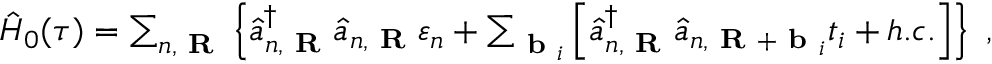
\begin{array} { r } { \hat { H } _ { 0 } ( \tau ) = \sum _ { n , \textbf { R } } \left\{ \hat { a } _ { n , \textbf { R } } ^ { \dagger } \hat { a } _ { n , \textbf { R } } \varepsilon _ { n } + \sum _ { \textbf { b } _ { i } } \left[ \hat { a } _ { n , \textbf { R } } ^ { \dagger } \hat { a } _ { n , \textbf { R } + \textbf { b } _ { i } } t _ { i } + h . c . \right] \right\} ~ , } \end{array}